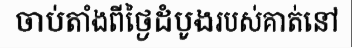
ចាប់តាំងពីថ្ងៃដំបូងរបស់គាត់នៅ